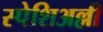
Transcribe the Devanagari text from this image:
स्पेशिअल्ली